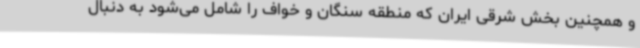
و همچنین بخش شرقی ایران که منطقه سنگان و خواف را شامل می‌شود به دنبال